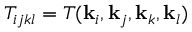
T _ { i j k l } = T ( \mathbf { k } _ { i } , \mathbf { k } _ { j } , \mathbf { k } _ { k } , \mathbf { k } _ { l } )